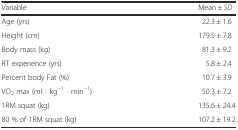
<table><thead><tr><td><b>Variable</b></td><td><b>Mean ± <i>SD</i></b></td></tr></thead><tbody><tr><td>Age (yrs)</td><td>22.3 ± 1.6</td></tr><tr><td>Height (cm)</td><td>179.5 ± 7.8</td></tr><tr><td>Body mass (kg)</td><td>81.3 ± 9.2</td></tr><tr><td>RT experience (yrs)</td><td>5.8 ± 2.4</td></tr><tr><td>Percent body Fat (%)</td><td>10.7 ± 3.9</td></tr><tr><td>VO<sub>2</sub> max (ml ⋅ kg<sup>−1</sup> ⋅ min<sup>−1</sup>)</td><td>50.3 ± 7.2</td></tr><tr><td>1RM squat (kg)</td><td>135.6 ± 24.4</td></tr><tr><td>80 % of 1RM squat (kg)</td><td>107.2 ± 19.2</td></tr></tbody></table>